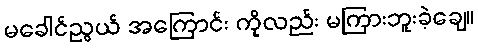
မခေါင်ညွယ် အကြောင်း ကိုလည်း မကြားဘူးခဲ့ချေ။